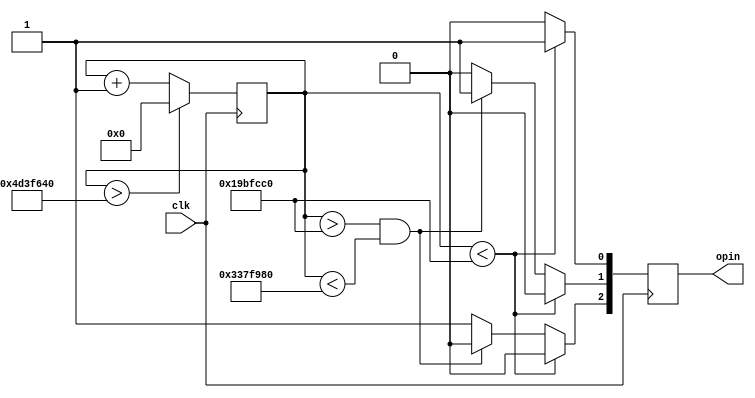
module toggle_three_LEDs(
    input clk,
    output reg [2:0]opin
);

    reg [31:0] counter;

    always@(posedge clk) begin
        
        counter <= counter + 1;
      
        if(counter < 27000000) begin
            opin[0] <= 1'b1; 
            opin[1] <= 1'b0;
            opin[2] <= 1'b0;
        end
        else if(counter > 27000000 && counter < 2*27000000) begin
            opin[0] <= 1'b0;
            opin[1] <= 1'b1;
            opin[2] <= 1'b0;
        end
        else begin 
            opin[0] <= 1'b0;
            opin[1] <= 1'b0;
            opin[2] <= 1'b1;
        end
        
        if(counter > (3*27000000))
            counter <= 0;
        end
   
endmodule